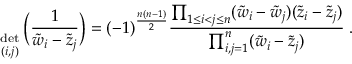
{ \; \atop { \mathrm { d e t } \atop { \scriptstyle ( i , j ) } } } \Big ( \frac { 1 } { \tilde { w } _ { i } - \tilde { z } _ { j } } \Big ) = ( - 1 ) ^ { \frac { n ( n - 1 ) } { 2 } } \frac { \prod _ { 1 \leq i < j \leq n } ( \tilde { w } _ { i } - \tilde { w } _ { j } ) ( \tilde { z } _ { i } - \tilde { z } _ { j } ) } { \prod _ { i , j = 1 } ^ { n } ( \tilde { w } _ { i } - \tilde { z } _ { j } ) } \; .